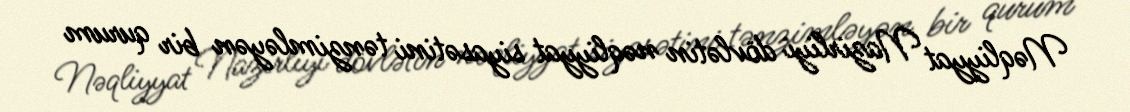
Nəqliyyat Nazirliyi dövlətin nəqliyyat siyasətini tənzimləyən bir qurum